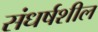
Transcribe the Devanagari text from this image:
संधर्षशील